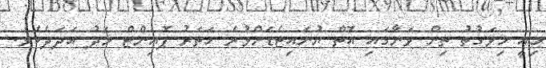
މިއީ މިވަގުތު ތިން ވަނާގައި އޮތް ޔުނައިޓެޑަށްވުރެ ހަތަރު ޕޮއިންޓް މަދު އަދަދެކެވެ.